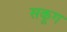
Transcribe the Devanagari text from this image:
सकूग